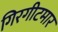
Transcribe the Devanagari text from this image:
गिरगीटमार